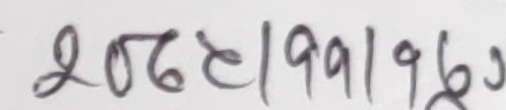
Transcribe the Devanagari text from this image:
206२199|196७